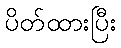
ပိတ်ထားပြီး